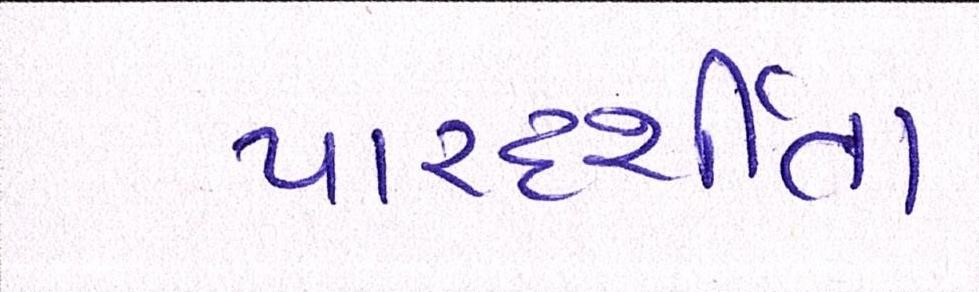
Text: પારદર્શીતા